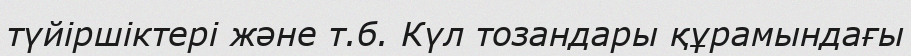
түйіршіктері және т.б. Күл тозандары құрамындағы